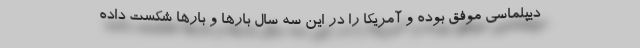
دیپلماسی موفق بوده و آمریکا را در این سه سال بارها و بارها شکست داده